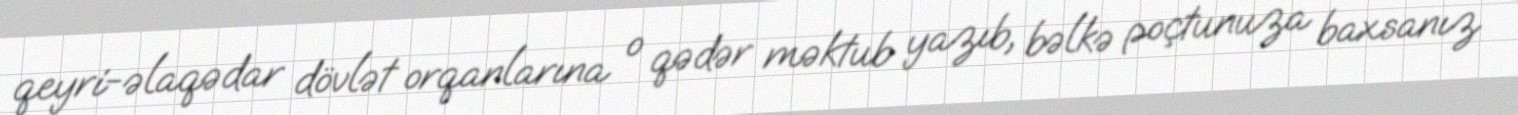
qeyri-əlaqədar dövlət orqanlarına o qədər məktub yazıb, bəlkə poçtunuza baxsanız